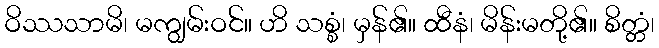
ဝိဿသာမိ၊ မကျွမ်းဝင်။ ဟိ သစ္စံ၊ မှန်၏။ ထီနံ၊ မိန်းမတို့၏။ စိတ္တံ၊